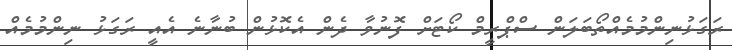
ރަގަޅުނިންމުމެއްތޯބަލަން ސްޕްރީމް ކޯޓަށް ފޮނުވާ ދެން އެކޮޅުން ބުނާނެ އެއީ ރަގަޅު ނިންމުމެއް